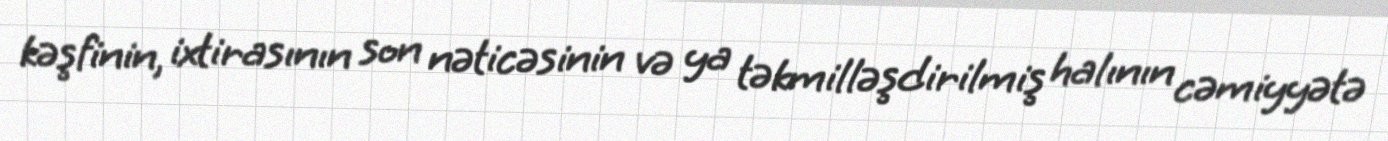
kəşfinin, ixtirasının son nəticəsinin və ya təkmilləşdirilmiş halının cəmiyyətə